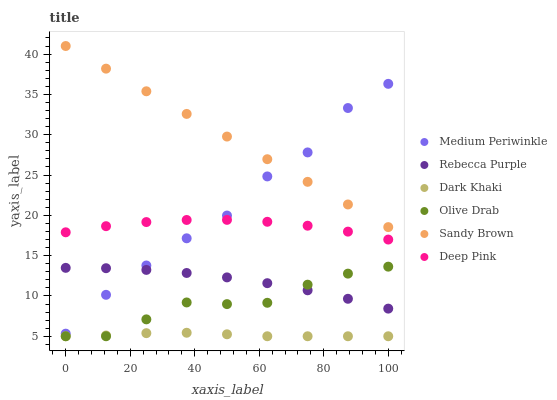
| xaxis_label | Medium Periwinkle | Rebecca Purple | Dark Khaki | Olive Drab | Sandy Brown | Deep Pink |
 | --- | --- | --- | --- | --- | --- | --- |
 | 0 | 5.32 | 13.5 | 5 | 5 | 41 | 17.9 |
 | 12.5 | 10.1 | 13.4 | 5.09 | 5 | 38.2 | 18.7 |
 | 25 | 13.8 | 13.2 | 5.38 | 7.1 | 35.4 | 19.2 |
 | 37.5 | 17.1 | 12.8 | 5.43 | 9.19 | 32.6 | 19.4 |
 | 50 | 20 | 12.3 | 5.24 | 8.99 | 29.8 | 19.4 |
 | 62.5 | 24.8 | 11.6 | 5 | 9.15 | 27 | 19.2 |
 | 75 | 27.8 | 10.7 | 5 | 11.4 | 24.2 | 18.7 |
 | 87.5 | 33.3 | 9.65 | 5 | 12.8 | 21.3 | 18 |
 | 100 | 36.3 | 8.43 | 5 | 13.6 | 18.5 | 17 |